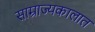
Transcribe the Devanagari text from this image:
साम्राज्यकालात